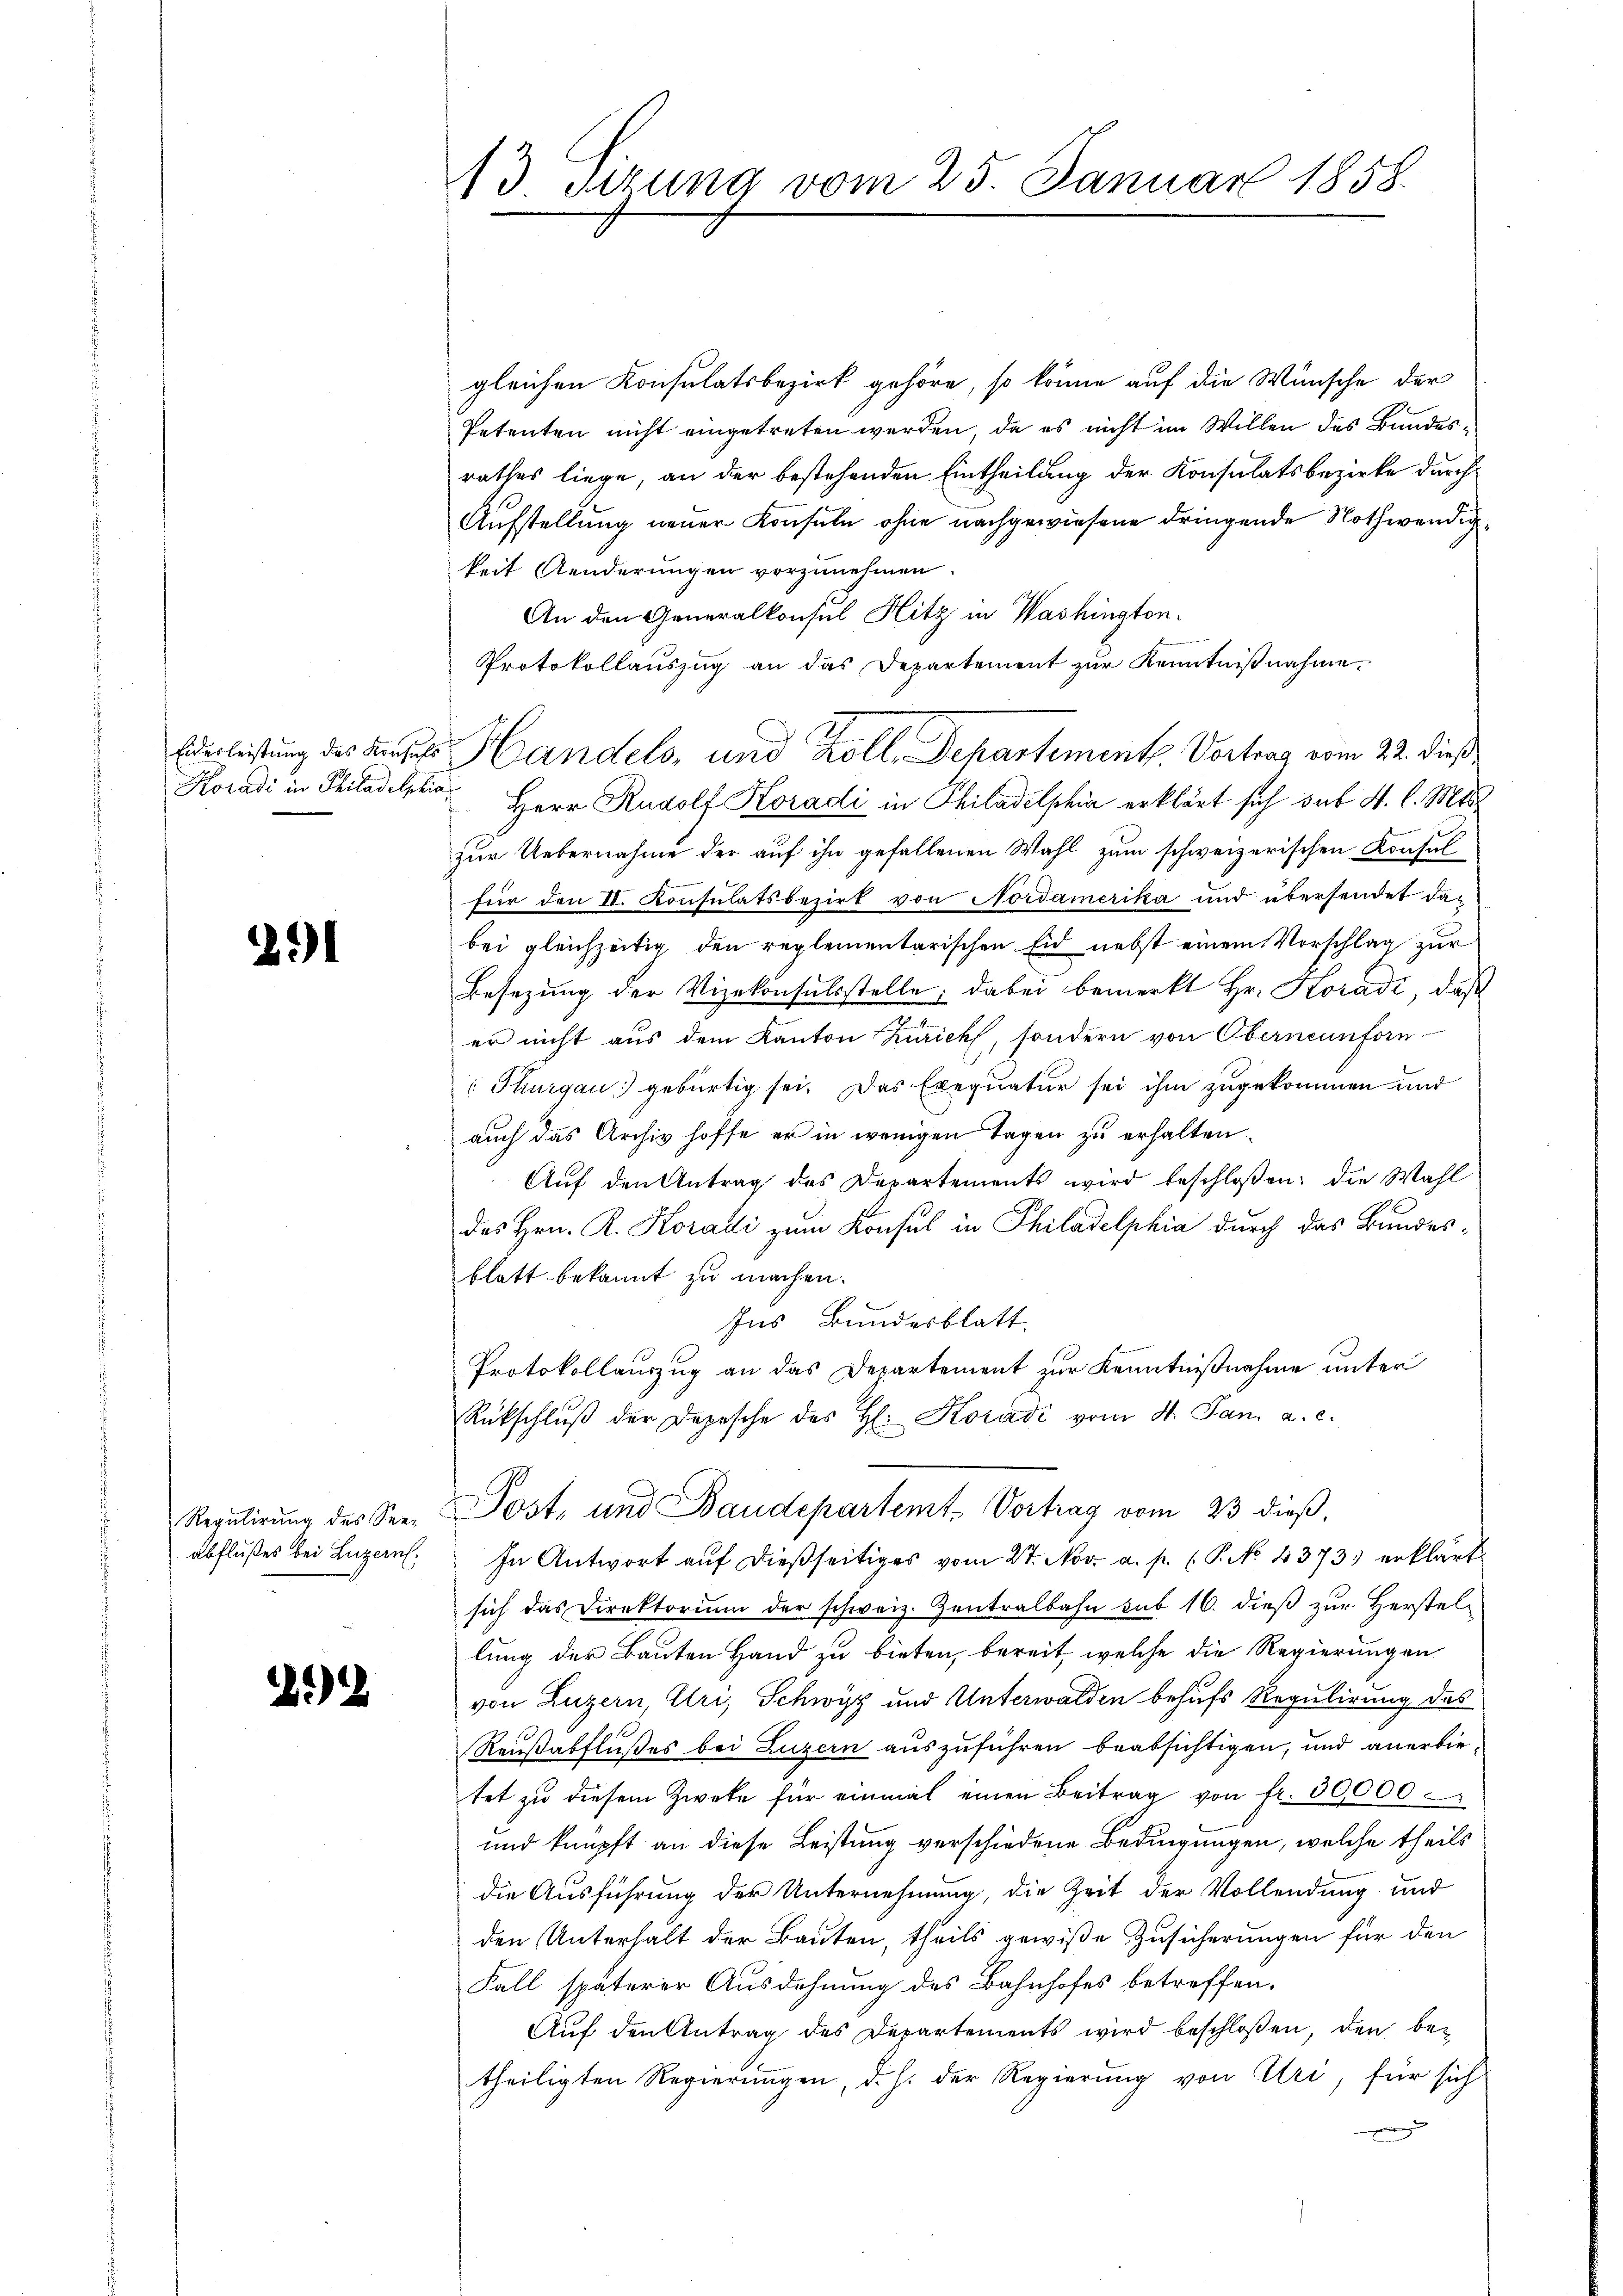
Koradi in Philadelphia

291

abflußes bei Luzern,

2)

13 sizung vom 25. Januar 1858.

gleichen Konsulatsbezirk gehöre, so könne auf die Wünsche der
Petenten nicht eingetreten werden, da es nicht im Willen des Bundesrathes liege, an der bestehenden Eintheilung der Konsulatsbezirke durch
Aufstellung neuer Konsuln ohne nachgewiesene dringende Nothwendigkeit Aenderungen vorzunehmen.
An den Generalkonsul Hitz in Washington.
Protokollauszug an das Departement zur Kenntnißnahme.
Herr Rudolf Koradi in Philadelphia erklärt sich sub A. l. Mts.
f
zur Uebernahme der auf ihn gefallenen Wahl zum schweizerischen Konsulfür den II. Konsulatsbezirk von Nordamerika und übersendet dabei gleichzeitig den reglementarischen Eid nebst einem Vorschlag zur
Besetzung der Vizekonsulsstelle; dabei bemerkt Hr. Koradi, daß
er nicht aus dem Kanton Zürich, sondern von Oberneunforn
(Thurgau gebürtig sei. Das Exequatur sei ihm zugekommen und
auch das Archiv hoffe er in wenigen Tagen zu erhalten.
Aŭf den Antrag des Departements wird beschloßen: die Wahl
des Hrn. R. Koradi zum Konsul in Philadelphia durch das Bundesblatt bekannt zu machen.
Ins Bundesblatt.
Protokollauszug an das Departement zur Kenntnißnahme unter
Rückschlŭβ der Depesche des H: Koradi vom 4. Jan. a. c.
Regulirung des See. Post, und Baudepartemt, Vortrag vom 23 dieß,
In Antwort aŭf dießseitiges vom 27. Nov. a. p. P. No. 4373. erklärt
sich das Direktorium der schweiz. Zentralbahn sub 16. dieß zur Herstel-
lung der Bauten Hand zu bieten, bereit, welche die Regierungen
von Luzern, Uri, Schwyz und Unterwalden behufs Regulirung das
Raußabflußes bei Luzern auszuführen beabsichtigen, und anerbietet zŭ diesem Zweke für einmal einen Beitrag von fr. 30000
und knüpft an diese Leistung verschiedene Bedingungen, welche theils
die Ausführung der Unternehmung, die Zeit der Vollendung und
den Unterhalt der Bauten, theils gewiße Zusicherungen für den
Fall späterer Ausdehnung des Bahnhofes betreffen.
Auf den Antrag des Departements wird beschloßen, den betheiligten Regierungen, d. h. der Regierung von Alri, für sich
g

Ederliestung des Kindes Handels- und Koll. Departement. Vortrag vom 22. dieß